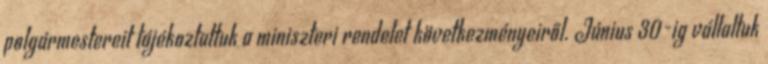
polgármestereit tájékoztattuk a miniszteri rendelet következményeiről. Június 30-ig vállaltuk